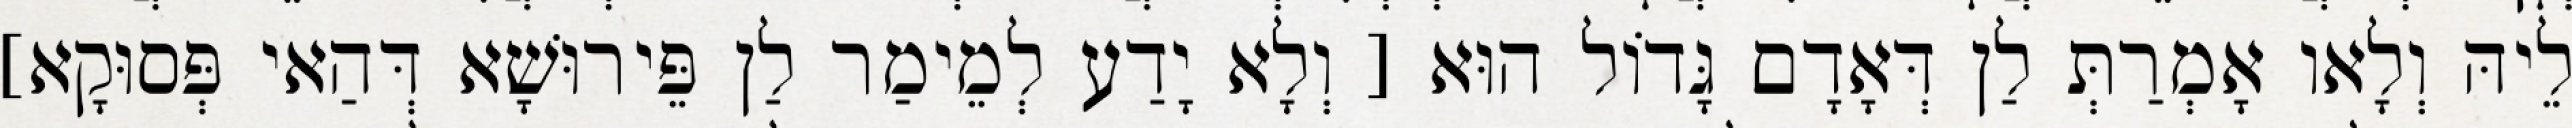
לֵיהּ וְלָאו אָמְרַתְּ לַן דְּאָדָם גָּדוֹל הוּא [ וְלָא יָדַע לְמֵימַר לַן פֵּירוּשָׁא דְּהַאי פְּסוּקָא]